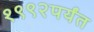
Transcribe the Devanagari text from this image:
१९९२पर्यंत